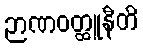
ဉာဏဝတ္ထူနီတိ